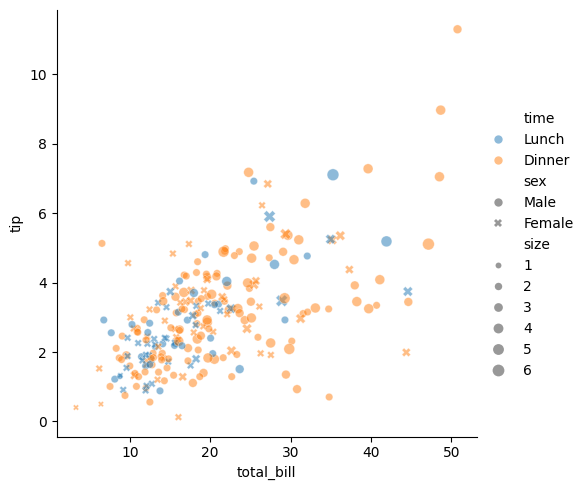
python, seaborn, relplot, alpha=0.5